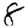
Digit: 8